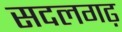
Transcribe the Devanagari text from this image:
सदलगढ़